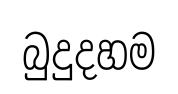
බුදුදහම